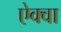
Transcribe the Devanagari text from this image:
ऐक्वा